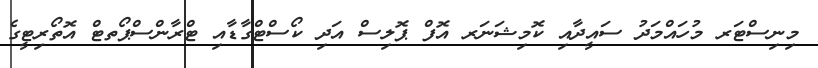
މިނިސްޓަރ މުހައްމަދު ސައީދާއި ކޮމިޝަނަރ އޮފް ޕޮލިސް އަދި ކޯސްޓްގާޑާއި ޓްރާންސްޕޯތޓް އޮތޯރިޓީގެ